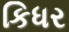
કિધર